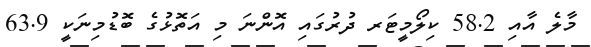
މާލެ އާއި 58.2 ކިލޯމީޓަރ ދުރުގައި އޮންނަ މި އަތޮޅުގެ ބޮޑުމިނަކީ 63.9